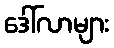
ဒေါ်လာများ